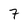
Character: 7